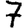
Digit: 7